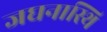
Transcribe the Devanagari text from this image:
जघनास्थि